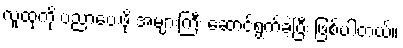
လူထုကို ပညာပေးဖို့ အများကြီး ဆောင်ရွက်ခဲ့ပြီး ဖြစ်ပါတယ်။